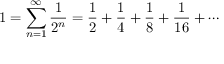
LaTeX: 1 = \sum _ { n = 1 } ^ { \infty } { \frac { 1 } { 2 ^ { n } } } = { \frac { 1 } { 2 } } + { \frac { 1 } { 4 } } + { \frac { 1 } { 8 } } + { \frac { 1 } { 1 6 } } + \cdots